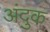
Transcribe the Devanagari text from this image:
अंदुक